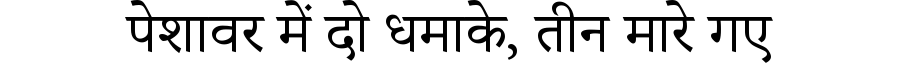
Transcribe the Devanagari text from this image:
पेशावर में दो धमाके, तीन मारे गए